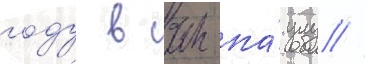
году в сан-па́улу //